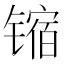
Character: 𫔊